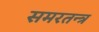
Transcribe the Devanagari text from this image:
समरतन्त्र